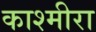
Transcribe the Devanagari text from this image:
काश्मीरा